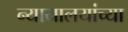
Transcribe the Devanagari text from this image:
न्यायालयांच्या